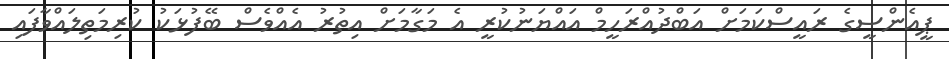
ޕީއެންސީގެ ރައީސްކަމަށް އަބްދުއްރަހީމް އައްޔަނުކުރީ އެ މަގާމަށް އިތުރު އެއްވެސް ބޭފުޅަކު ކުރިމަތިލައްވާފައި